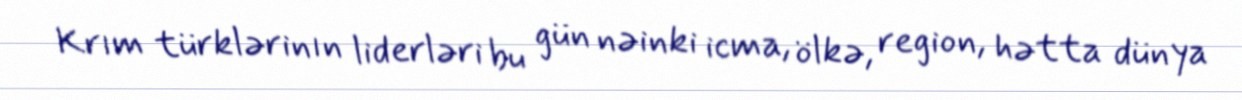
Krım türklərinın liderləri bu gün nəinki icma, ölkə, region, hətta dünya